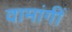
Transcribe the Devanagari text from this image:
वामांगीं